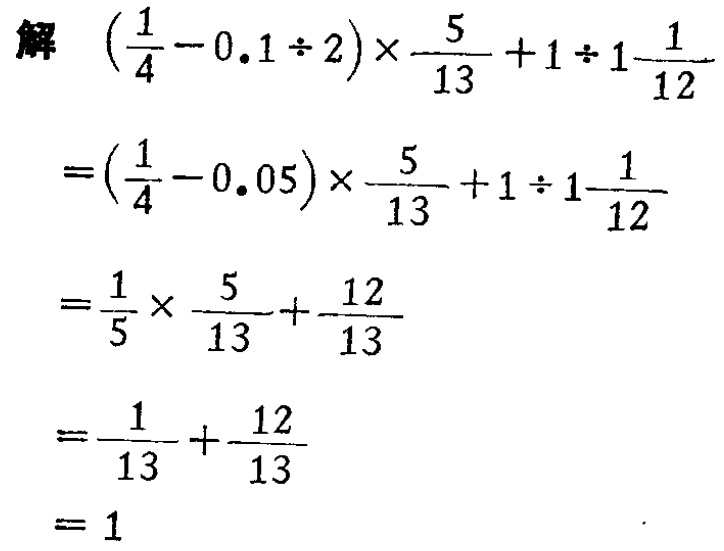
解 \(\left(\frac{1}{4}-0.1\div 2\right)\times\frac{5}{13}+1\div 1\frac{1}{12}\)

\(=\left(\frac{1}{4}-0.05\right)\times\frac{5}{13}+1\div 1\frac{1}{12}\)

\(=\frac{1}{5}\times\frac{5}{13}+\frac{12}{13}\)

\(=\frac{1}{13}+\frac{12}{13}\)

\(=1\)